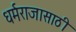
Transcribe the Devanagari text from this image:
धर्मराजासाठी